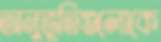
অনুভূতিগুলোকে